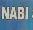
nabi